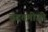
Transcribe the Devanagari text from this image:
बदतमीज़ी